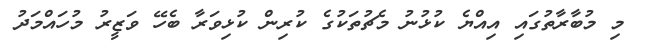
މި މުބާރާތުގައި އިއްޔެ ކުޅުނު މެޗުތަކުގެ ކުރިން ކުޅިވަރާ ބެހޭ ވަޒީރު މުހައްމަދު